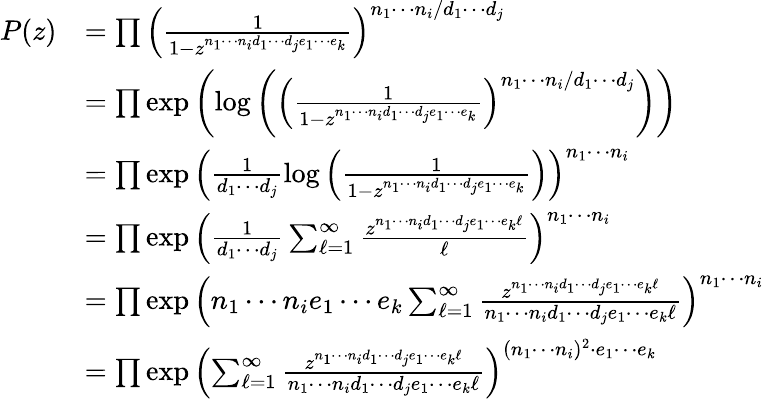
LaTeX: \begin{array}{rl}{P(z)}&{=\prod\left(\frac{1}{1-z^{n_{1}\cdots n_{i}d_{1}\cdots d_{j}e_{1}\cdots e_{k}}}\right)^{n_{1}\cdots n_{i}/d_{1}\cdots d_{j}}}\\ &{=\prod\exp\left(\log\left(\left(\frac{1}{1-z^{n_{1}\cdots n_{i}d_{1}\cdots d_{j}e_{1}\cdots e_{k}}}\right)^{n_{1}\cdots n_{i}/d_{1}\cdots d_{j}}\right)\right)}\\ &{=\prod\exp\left(\frac{1}{d_{1}\cdots d_{j}}\log\left(\frac{1}{1-z^{n_{1}\cdots n_{i}d_{1}\cdots d_{j}e_{1}\cdots e_{k}}}\right)\right)^{n_{1}\cdots n_{i}}}\\ &{=\prod\exp\left(\frac{1}{d_{1}\cdots d_{j}}\sum_{\ell=1}^{\infty}\frac{z^{n_{1}\cdots n_{i}d_{1}\cdots d_{j}e_{1}\cdots e_{k}\ell}}{\ell}\right)^{n_{1}\cdots n_{i}}}\\ &{=\prod\exp\left(n_{1}\cdots n_{i}e_{1}\cdots e_{k}\sum_{\ell=1}^{\infty}\frac{z^{n_{1}\cdots n_{i}d_{1}\cdots d_{j}e_{1}\cdots e_{k}\ell}}{n_{1}\cdots n_{i}d_{1}\cdots d_{j}e_{1}\cdots e_{k}\ell}\right)^{n_{1}\cdots n_{i}}}\\ &{=\prod\exp\left(\sum_{\ell=1}^{\infty}\frac{z^{n_{1}\cdots n_{i}d_{1}\cdots d_{j}e_{1}\cdots e_{k}\ell}}{n_{1}\cdots n_{i}d_{1}\cdots d_{j}e_{1}\cdots e_{k}\ell}\right)^{(n_{1}\cdots n_{i})^{2}\cdot e_{1}\cdots e_{k}}}\end{array}